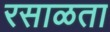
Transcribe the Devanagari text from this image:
रसाळता